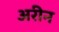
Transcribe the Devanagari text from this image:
अरीन